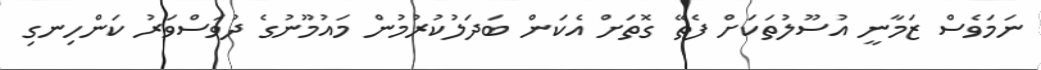
ނަމަވެސް ޒަމާނީ އުސޫލުތަކަށް ފެތޭ ގޮތަށް އެކަން ބަދަލުކުރުމުން މައުމޫނުގެ ދުވަސްވަރު ކަންހިނގި